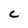
Character: C